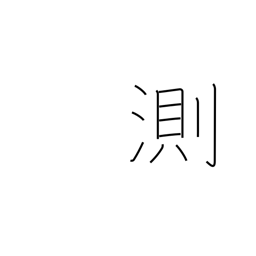
Meaning: fathom